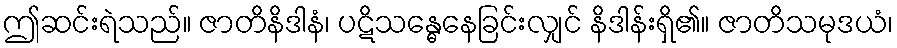
ဤဆင်းရဲသည်။ ဇာတိနိဒါနံ၊ ပဋိသန္ဓေနေခြင်းလျှင် နိဒါန်းရှိ၏။ ဇာတိသမုဒယံ၊